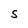
Character: S